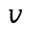
v